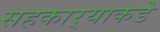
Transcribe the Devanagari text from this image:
सहकार्‍याकडे